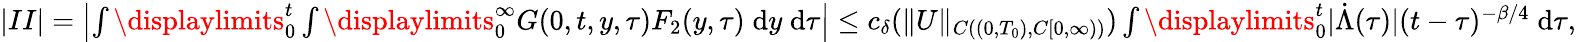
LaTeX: \begin{array}{r}{|II|=\left|\int\displaylimits_{0}^{t}\int\displaylimits_{0}^{\infty}{G(0,t,y,\tau)F_{2}(y,\tau)\; \mathrm{d}y\; \mathrm{d}\tau}\right|\le c_{\delta}(\| U\| _{C((0,T_{0}),C[0,\infty))})\int\displaylimits_{0}^{t}{|\dot{\Lambda}(\tau)|(t-\tau)^{-\beta/4}\; \mathrm{d}\tau},}\end{array}